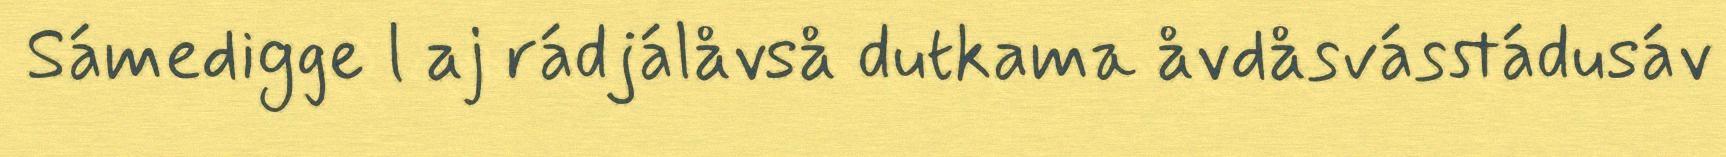
Sámedigge l aj rádjálåvså dutkama åvdåsvásstádusáv